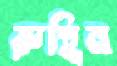
রুহিন